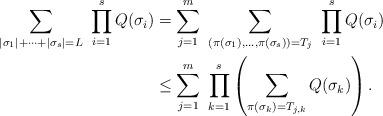
LaTeX: \begin{align*} \sum_{|\sigma_1|+\dots+|\sigma_s|=L}\ \prod_{i=1}^{s} Q(\sigma_i) & = \sum_{j=1}^m\ \sum_{(\pi(\sigma_1),\dots,\pi(\sigma_s)) = T_j} \ \prod_{i=1}^{s} Q (\sigma_i)\\ & \leq \sum_{j=1}^m \ \prod_{k=1}^{s} \left( \sum_{\pi(\sigma_k) =T_{j,k}} Q(\sigma_k)\right). \end{align*}